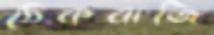
ঠেকবাজি